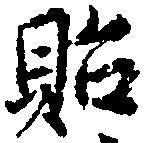
貽